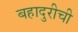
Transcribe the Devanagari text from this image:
बहादुरीची